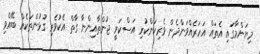
މިޔަންމާގައި އެތައް އަހަރެއްވަންދެން ވެރިކަންކުރި އަސްކަރީ ޖުންތާއިންނާ ގާތް އެކުވެރި ގުޅުންތަކެއް ބޭއްވި